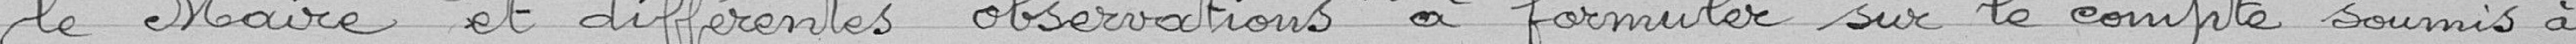
le Maire et différentes observations à formuler sur le compte soumis à